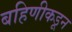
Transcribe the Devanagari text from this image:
बहिणीकडून